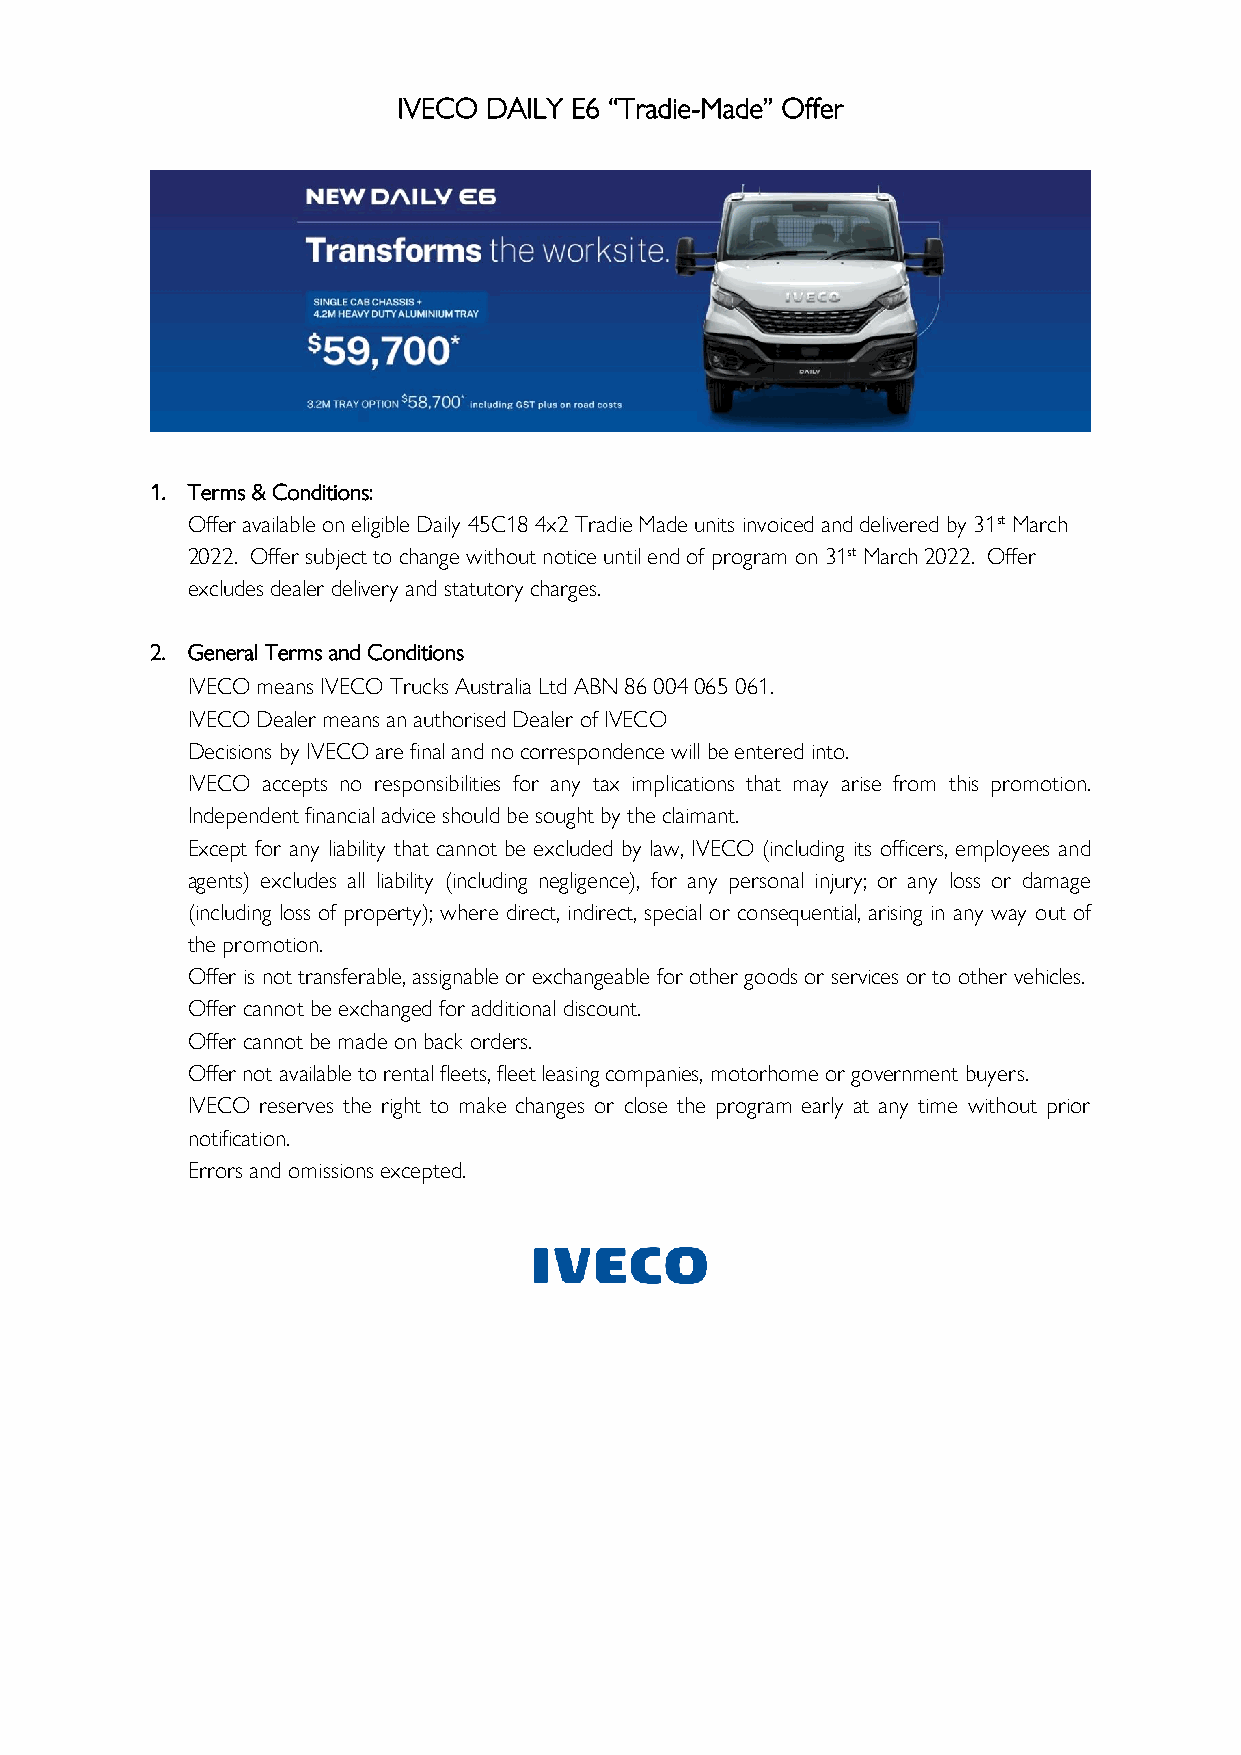
IVECO DAILY E6 “Tradie-Made” Offer
 1. Terms & Conditions:
 Offer available on eligible Daily 45C18 4x2 Tradie Made units invoiced and delivered by 31st March
 2022. Offer subject to change without notice until end of program on 31st March 2022. Offer
 excludes dealer delivery and statutory charges.
 2. General Terms and Conditions
 IVECO means IVECO Trucks Australia Ltd ABN 86 004 065 061.
 IVECO Dealer means an authorised Dealer of IVECO
 Decisions by IVECO are final and no correspondence will be entered into.
 IVECO accepts no responsibilities for any tax implications that may arise from this promotion.
 Independent financial advice should be sought by the claimant.
 Except for any liability that cannot be excluded by law, IVECO (including its officers, employees and
 agents) excludes all liability (including negligence), for any personal injury; or any loss or damage
 (including loss of property); where direct, indirect, special or consequential, arising in any way out of
 the promotion.
 Offer is not transferable, assignable or exchangeable for other goods or services or to other vehicles.
 Offer cannot be exchanged for additional discount.
 Offer cannot be made on back orders.
 Offer not available to rental fleets, fleet leasing companies, motorhome or government buyers.
 IVECO reserves the right to make changes or close the program early at any time without prior
 notification.
 Errors and omissions excepted.